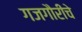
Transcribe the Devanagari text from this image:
गजगौरीचे